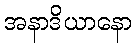
အနာဒိယာနော